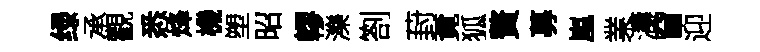
绿承觀悉烽機塑昭轇濼劄葑覔狐贅募嵐業濤窅迎